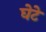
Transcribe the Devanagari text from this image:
घेटे